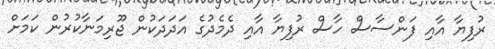
ރުފިޔާ އާއި ފަންސާސް ހާސް ރުފިޔާ އާއި ދެމެދުގެ އަދަދަކުން ޖޫރިމަނާކުރުން ކަމަށް